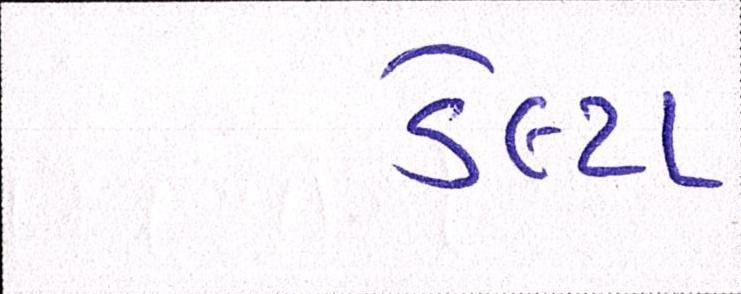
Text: ડેલ્ટા